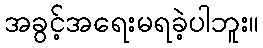
အခွင့်အရေးမရခဲ့ပါဘူး။